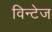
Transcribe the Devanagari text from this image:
विन्टेज